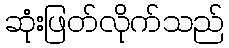
ဆုံးဖြတ်လိုက်သည်